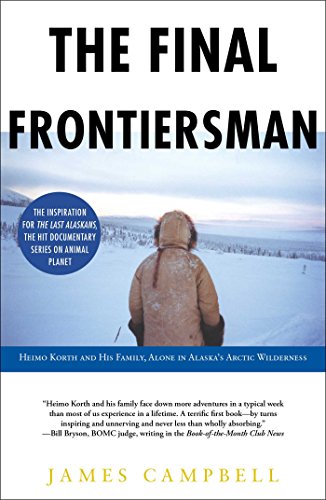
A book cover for The Final Frontiersman: Heimo Korth and His Family, Alone in Alaska's Arctic Wilderness; James Campbell; Travel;